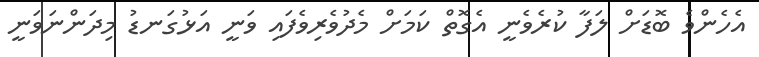
އެހެންވެ ބޮޑަށް ލަފާ ކުރެވެނީ އެގޮތް ކަމަށް މެދުވެރިވެފައި ވަނީ އަޅުގަނޑު މިދަންނަވަނީ